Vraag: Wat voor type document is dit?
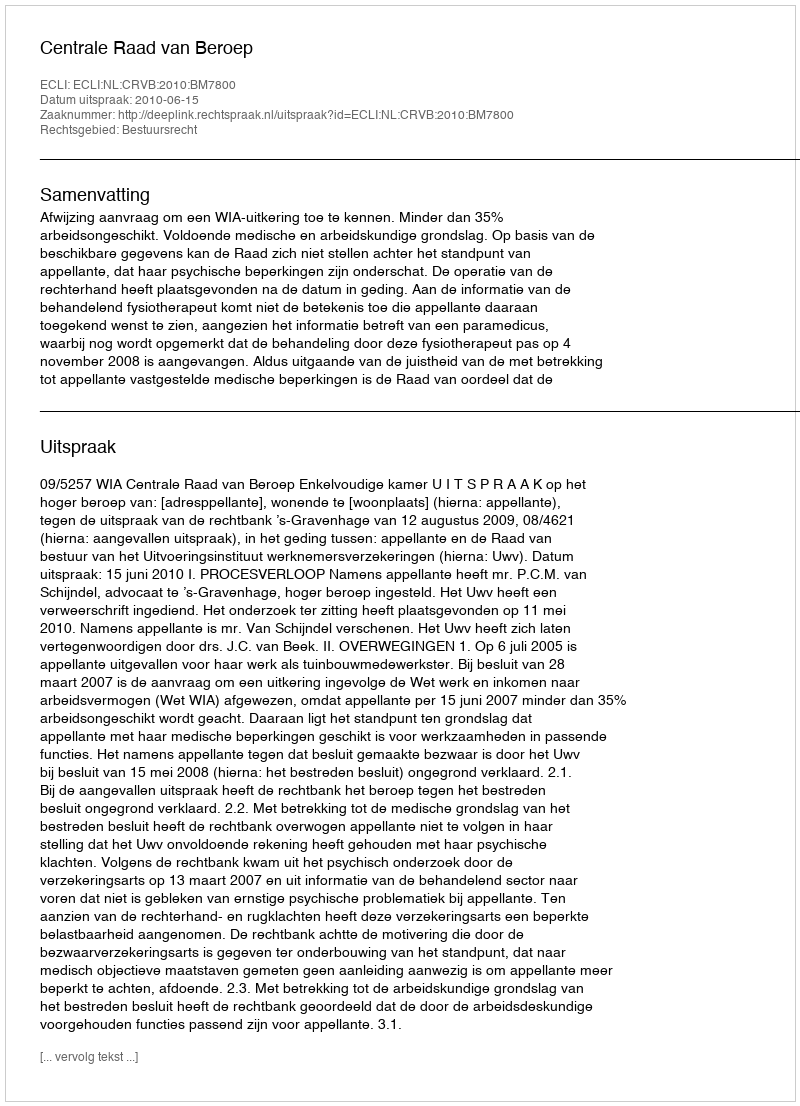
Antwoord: Uitspraak